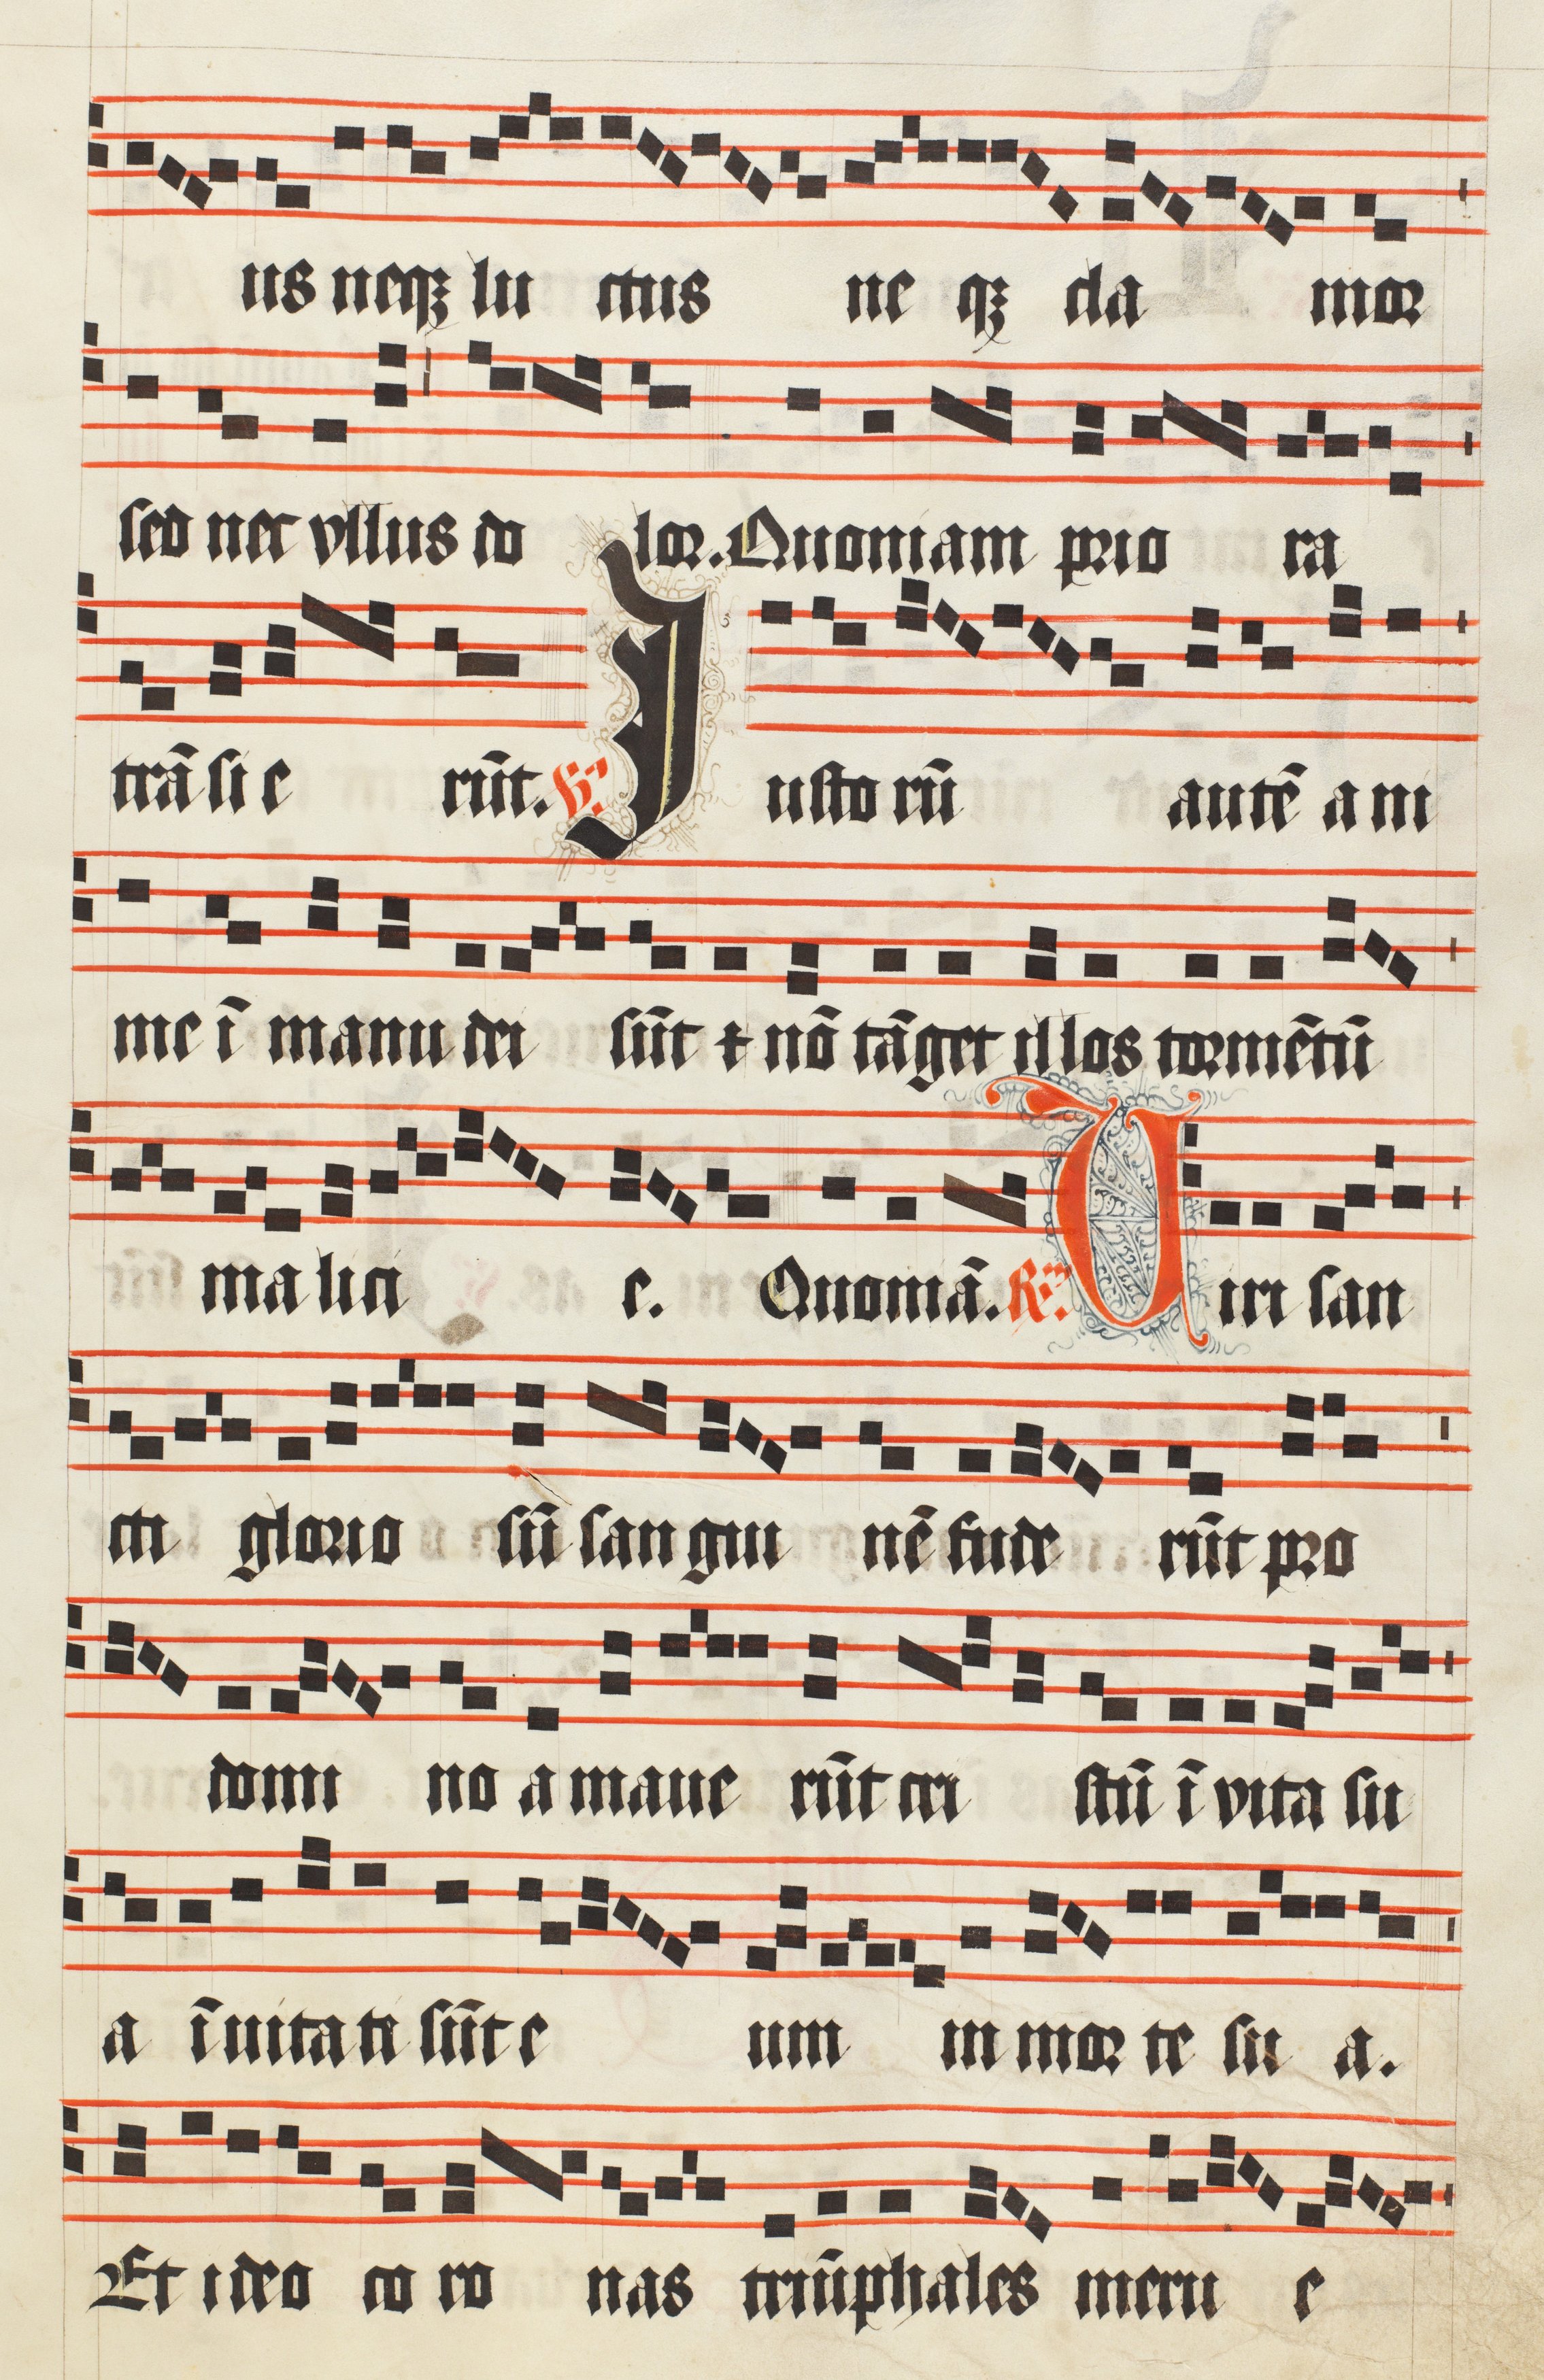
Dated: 1509–1517